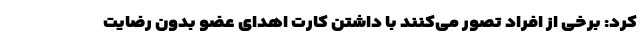
کرد: برخی از افراد تصور می‌کنند با داشتن کارت اهدای عضو بدون رضایت